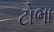
ટોભા